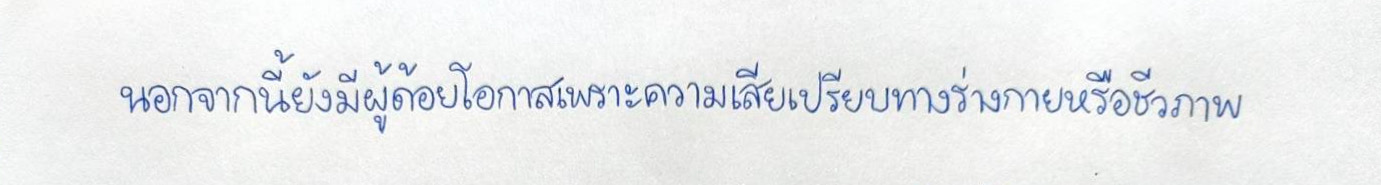
นอกจากนี้ยังมีผู้ด้อยโอกาสเพราะความเสียเปรียบทางร่างกายหรือชีวภาพ